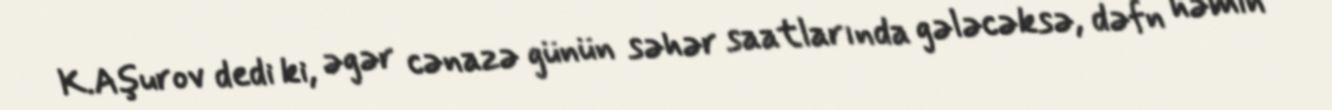
K.Aşurov dedi ki, əgər cənazə günün səhər saatlarında gələcəksə, dəfn həmin